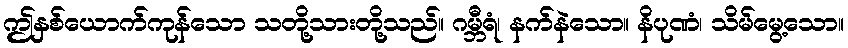
ဤနှစ်ယောက်ကုန်သော သတို့သားတို့သည်။ ဂမ္ဘီရံ၊ နက်နဲသော။ နိပုဏံ၊ သိမ်မွေ့သော။